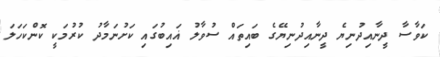
ކަވާސާ ދީނާއިދުނިޔެ ދީނާއިދުނިޔޭގެ ބައިތައް ސުވާލު ޣައިބުގައި ކަށުނަމާދު ކުރުމަކީ ކޮންކަހަލަ